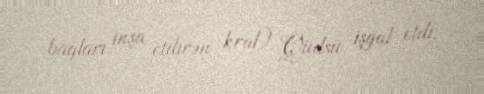
bağları inşa etdirən kral) Qüdsü işğal etdi.